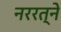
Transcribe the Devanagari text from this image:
नररत्ने